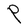
Character: P